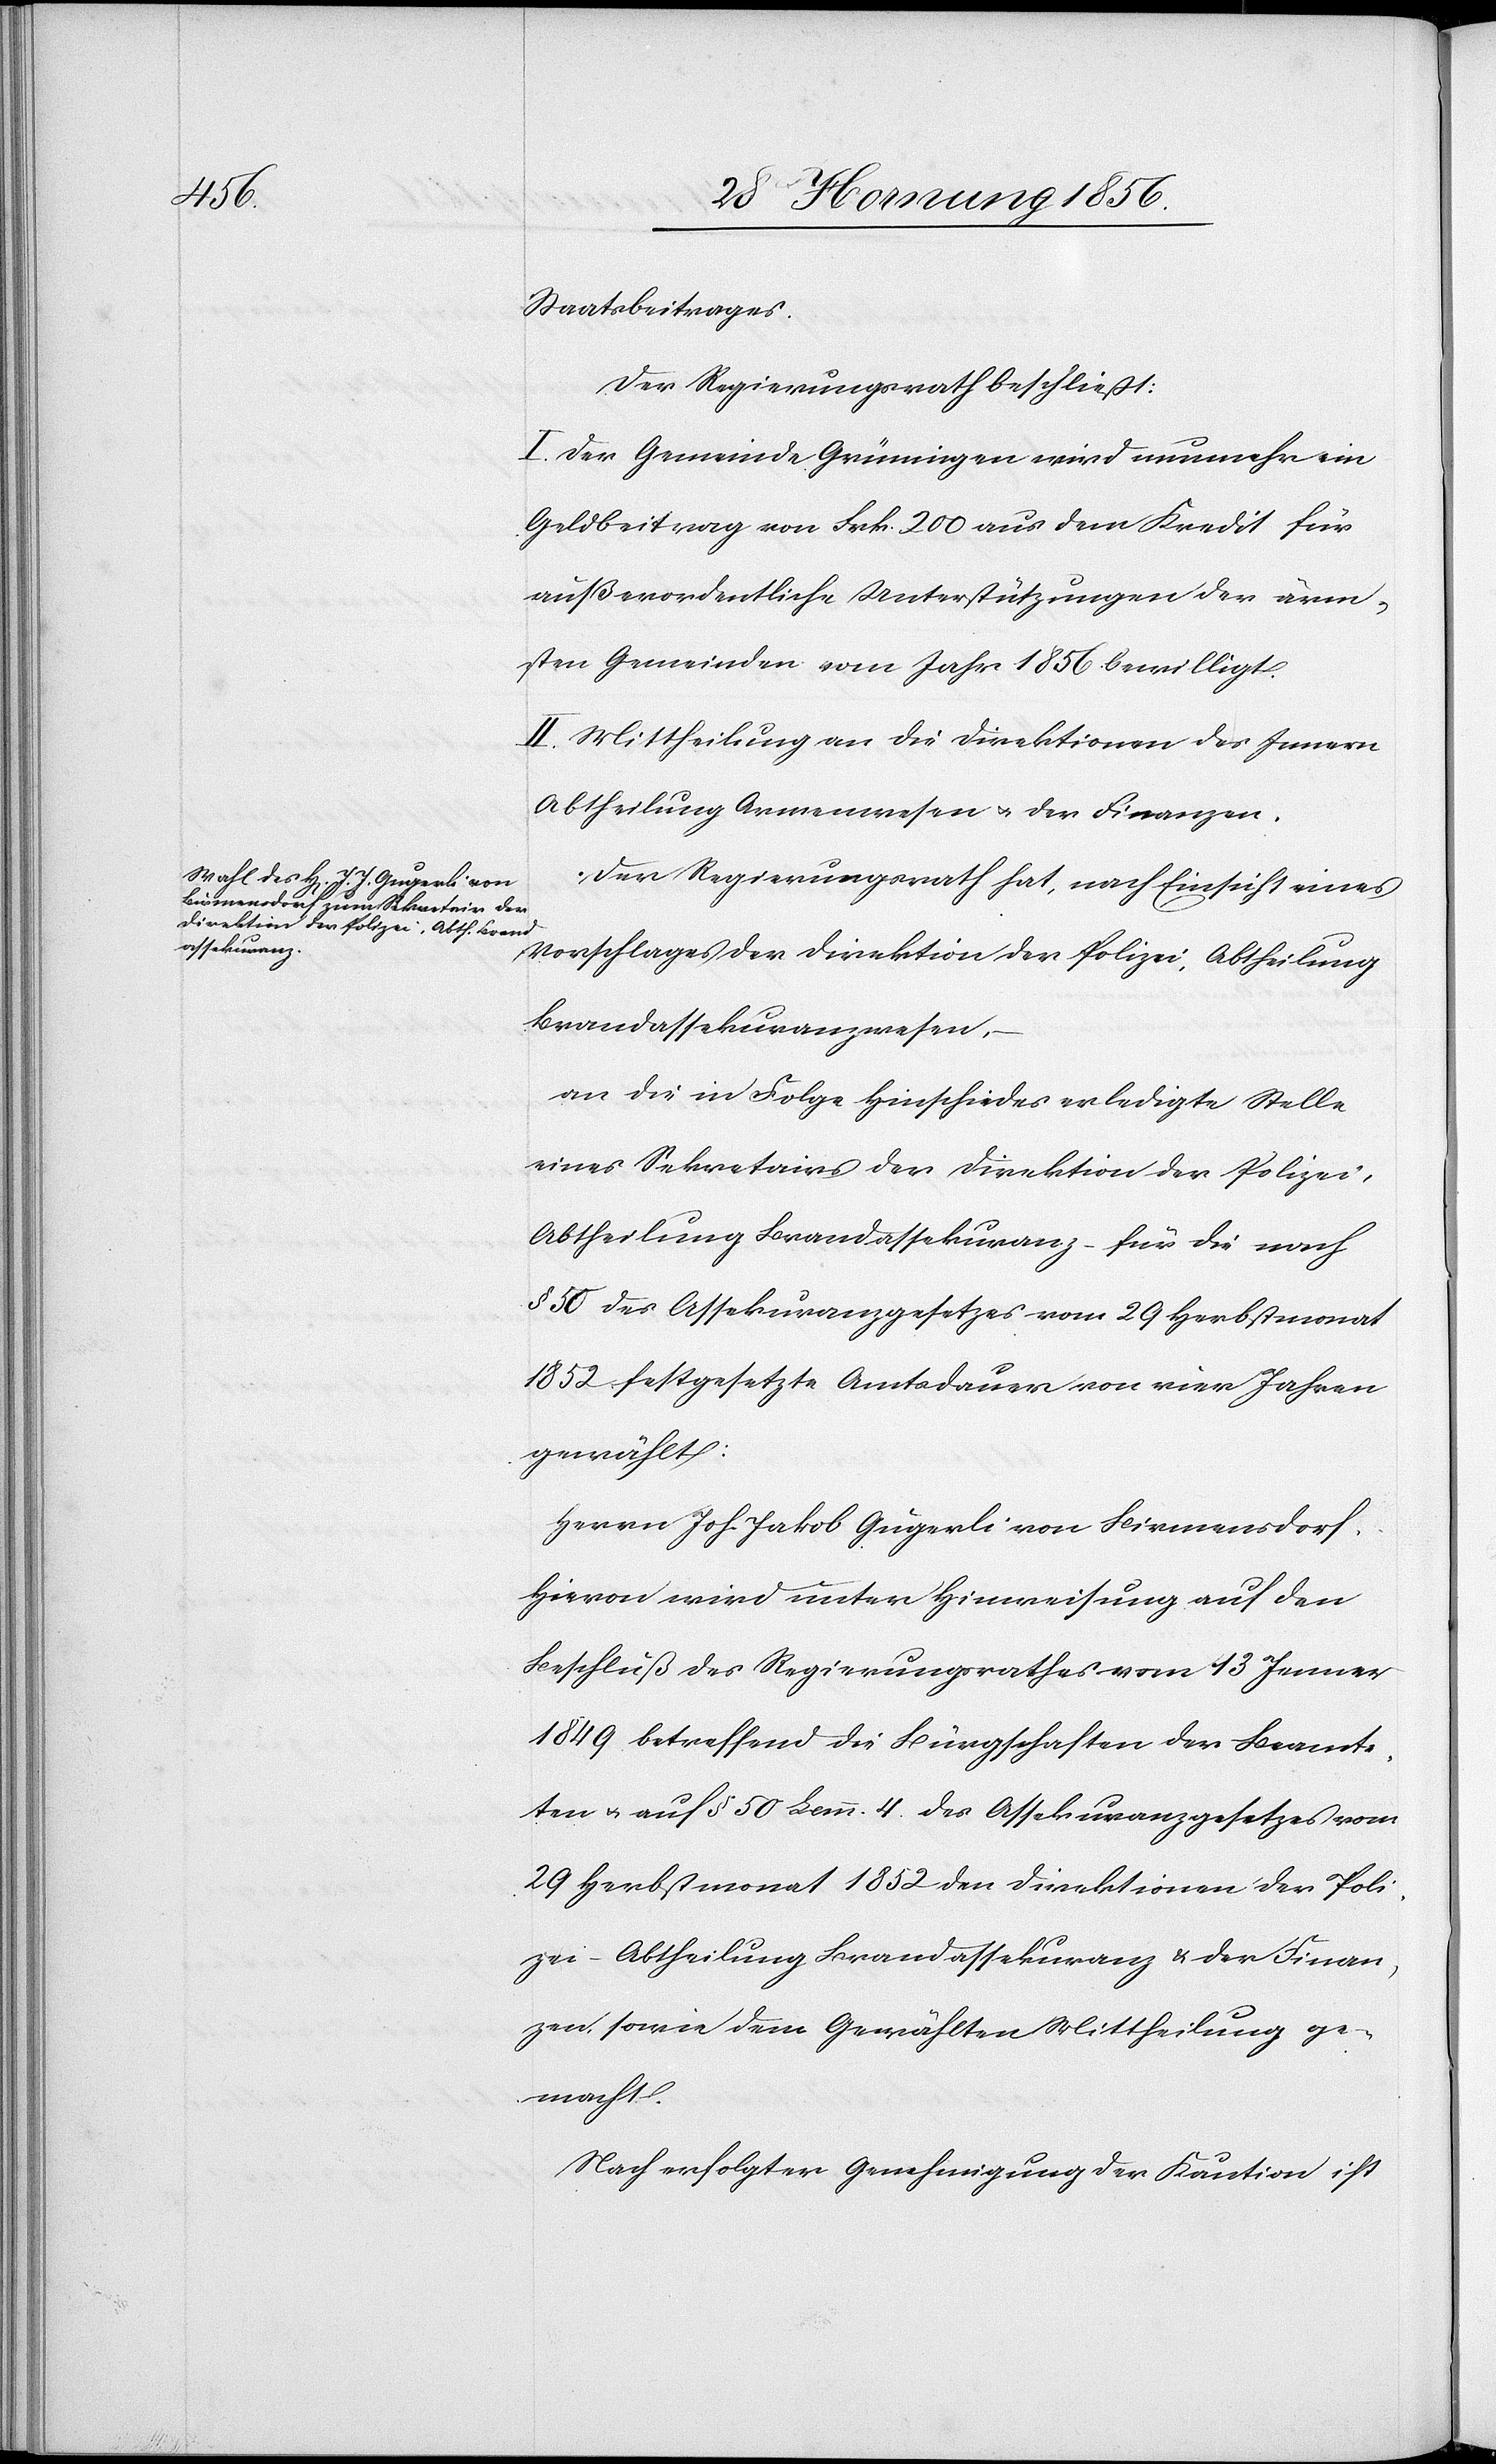
Brand¬
assekuranz,

Staatsbeitrages.
Der Regierungsrath beschließt:
I. Der Gemeinde Grüningen wird nunmehr ein
Geldbeitrag von Frk. 200 aus dem Kredit für
außerordentliche Unterstützungen der ärm¬
sten Gemeinden vom Jahr 1856 bewilligt.
II. Mittheilung an die Direktionen des Innern
Abtheilung Armenwesen u. der Finanzen.
Der Regierungsrath hat, nach Einsicht eines
Vorschlages der Direktion der Polizei, Abtheilung
an die in Folge Hinscheides erledigte Stelle
eines Sekretairs der Direktion der Polizei,
Abtheilung Brandassekuranz – für die nach
§ 50 des Assekuranzgesetzes vom 29 Herbstmonat
1852 festgesetzte Amtsdauer von vier Jahren
gewählt:
Herrn Joh. Jakob Gugerli von Birmensdorf.
Hievon wird unter Hinweisung auf den
Beschluß des Regierungsrathes vom 13 Jenner
1849 betreffend die Bürgschaften der Beamte¬
ten u. auf § 50 Lemm. 4 des Assekuranzgesetzes vom
29 Herbstmonat 1852 den Direktionen der Poli¬
zei – Abtheilung Brandassekuranz u. der Finan¬
zen, sowie dem Gewählten Mittheilung ge¬
macht.
Nach erfolgter Genehmigung der Kaution ist